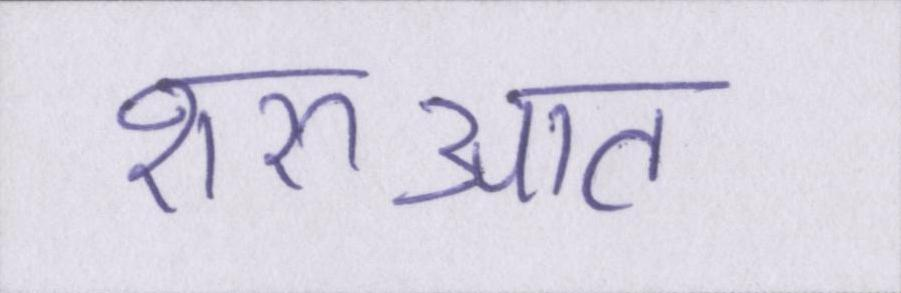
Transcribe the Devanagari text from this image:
शरुआत